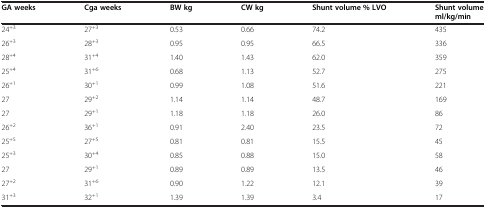
| GA weeks | Cga weeks | BW kg | CW kg | Shunt volume % LVO | Shunt volume ml/kg/min |
 | --- | --- | --- | --- | --- | --- |
 | 24+3 | 27+3 | 0.53 | 0.66 | 74.2 | 435 |
 | 26+3 | 28+3 | 0.95 | 0.95 | 66.5 | 336 |
 | 28+4 | 31+4 | 1.40 | 1.43 | 62.0 | 359 |
 | 25+4 | 31+6 | 0.68 | 1.13 | 52.7 | 275 |
 | 26+1 | 30+1 | 0.99 | 1.08 | 51.6 | 221 |
 | 27 | 29+2 | 1.14 | 1.14 | 48.7 | 169 |
 | 27 | 29+1 | 1.18 | 1.18 | 26.0 | 86 |
 | 26+2 | 36+1 | 0.91 | 2.40 | 23.5 | 72 |
 | 25+5 | 27+5 | 0.81 | 0.81 | 15.5 | 45 |
 | 25+3 | 30+4 | 0.85 | 0.88 | 15.0 | 58 |
 | 27 | 29+1 | 0.89 | 0.89 | 13.5 | 46 |
 | 27+2 | 31+6 | 0.90 | 1.22 | 12.1 | 39 |
 | 31+3 | 32+1 | 1.39 | 1.39 | 3.4 | 17 |